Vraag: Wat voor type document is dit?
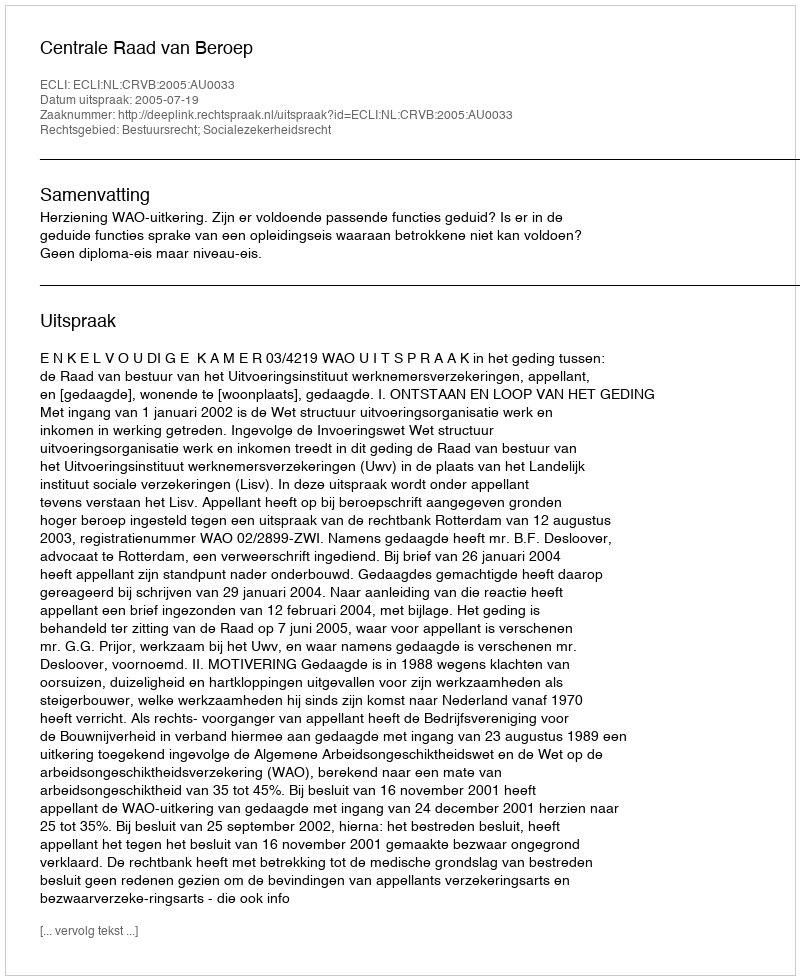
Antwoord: Uitspraak